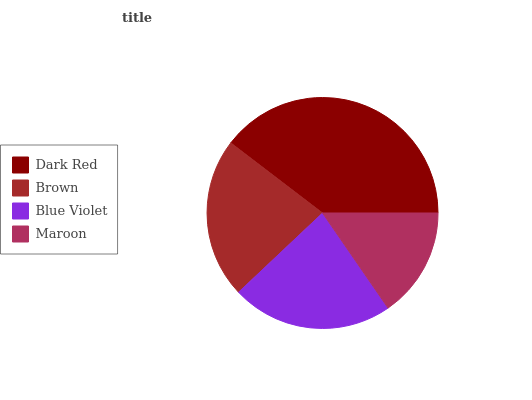
| Dark Red | Brown | Blue Violet | Maroon |
 | --- | --- | --- | --- |
 | 39.6% | 22.4% | 22.6% | 15.4% |